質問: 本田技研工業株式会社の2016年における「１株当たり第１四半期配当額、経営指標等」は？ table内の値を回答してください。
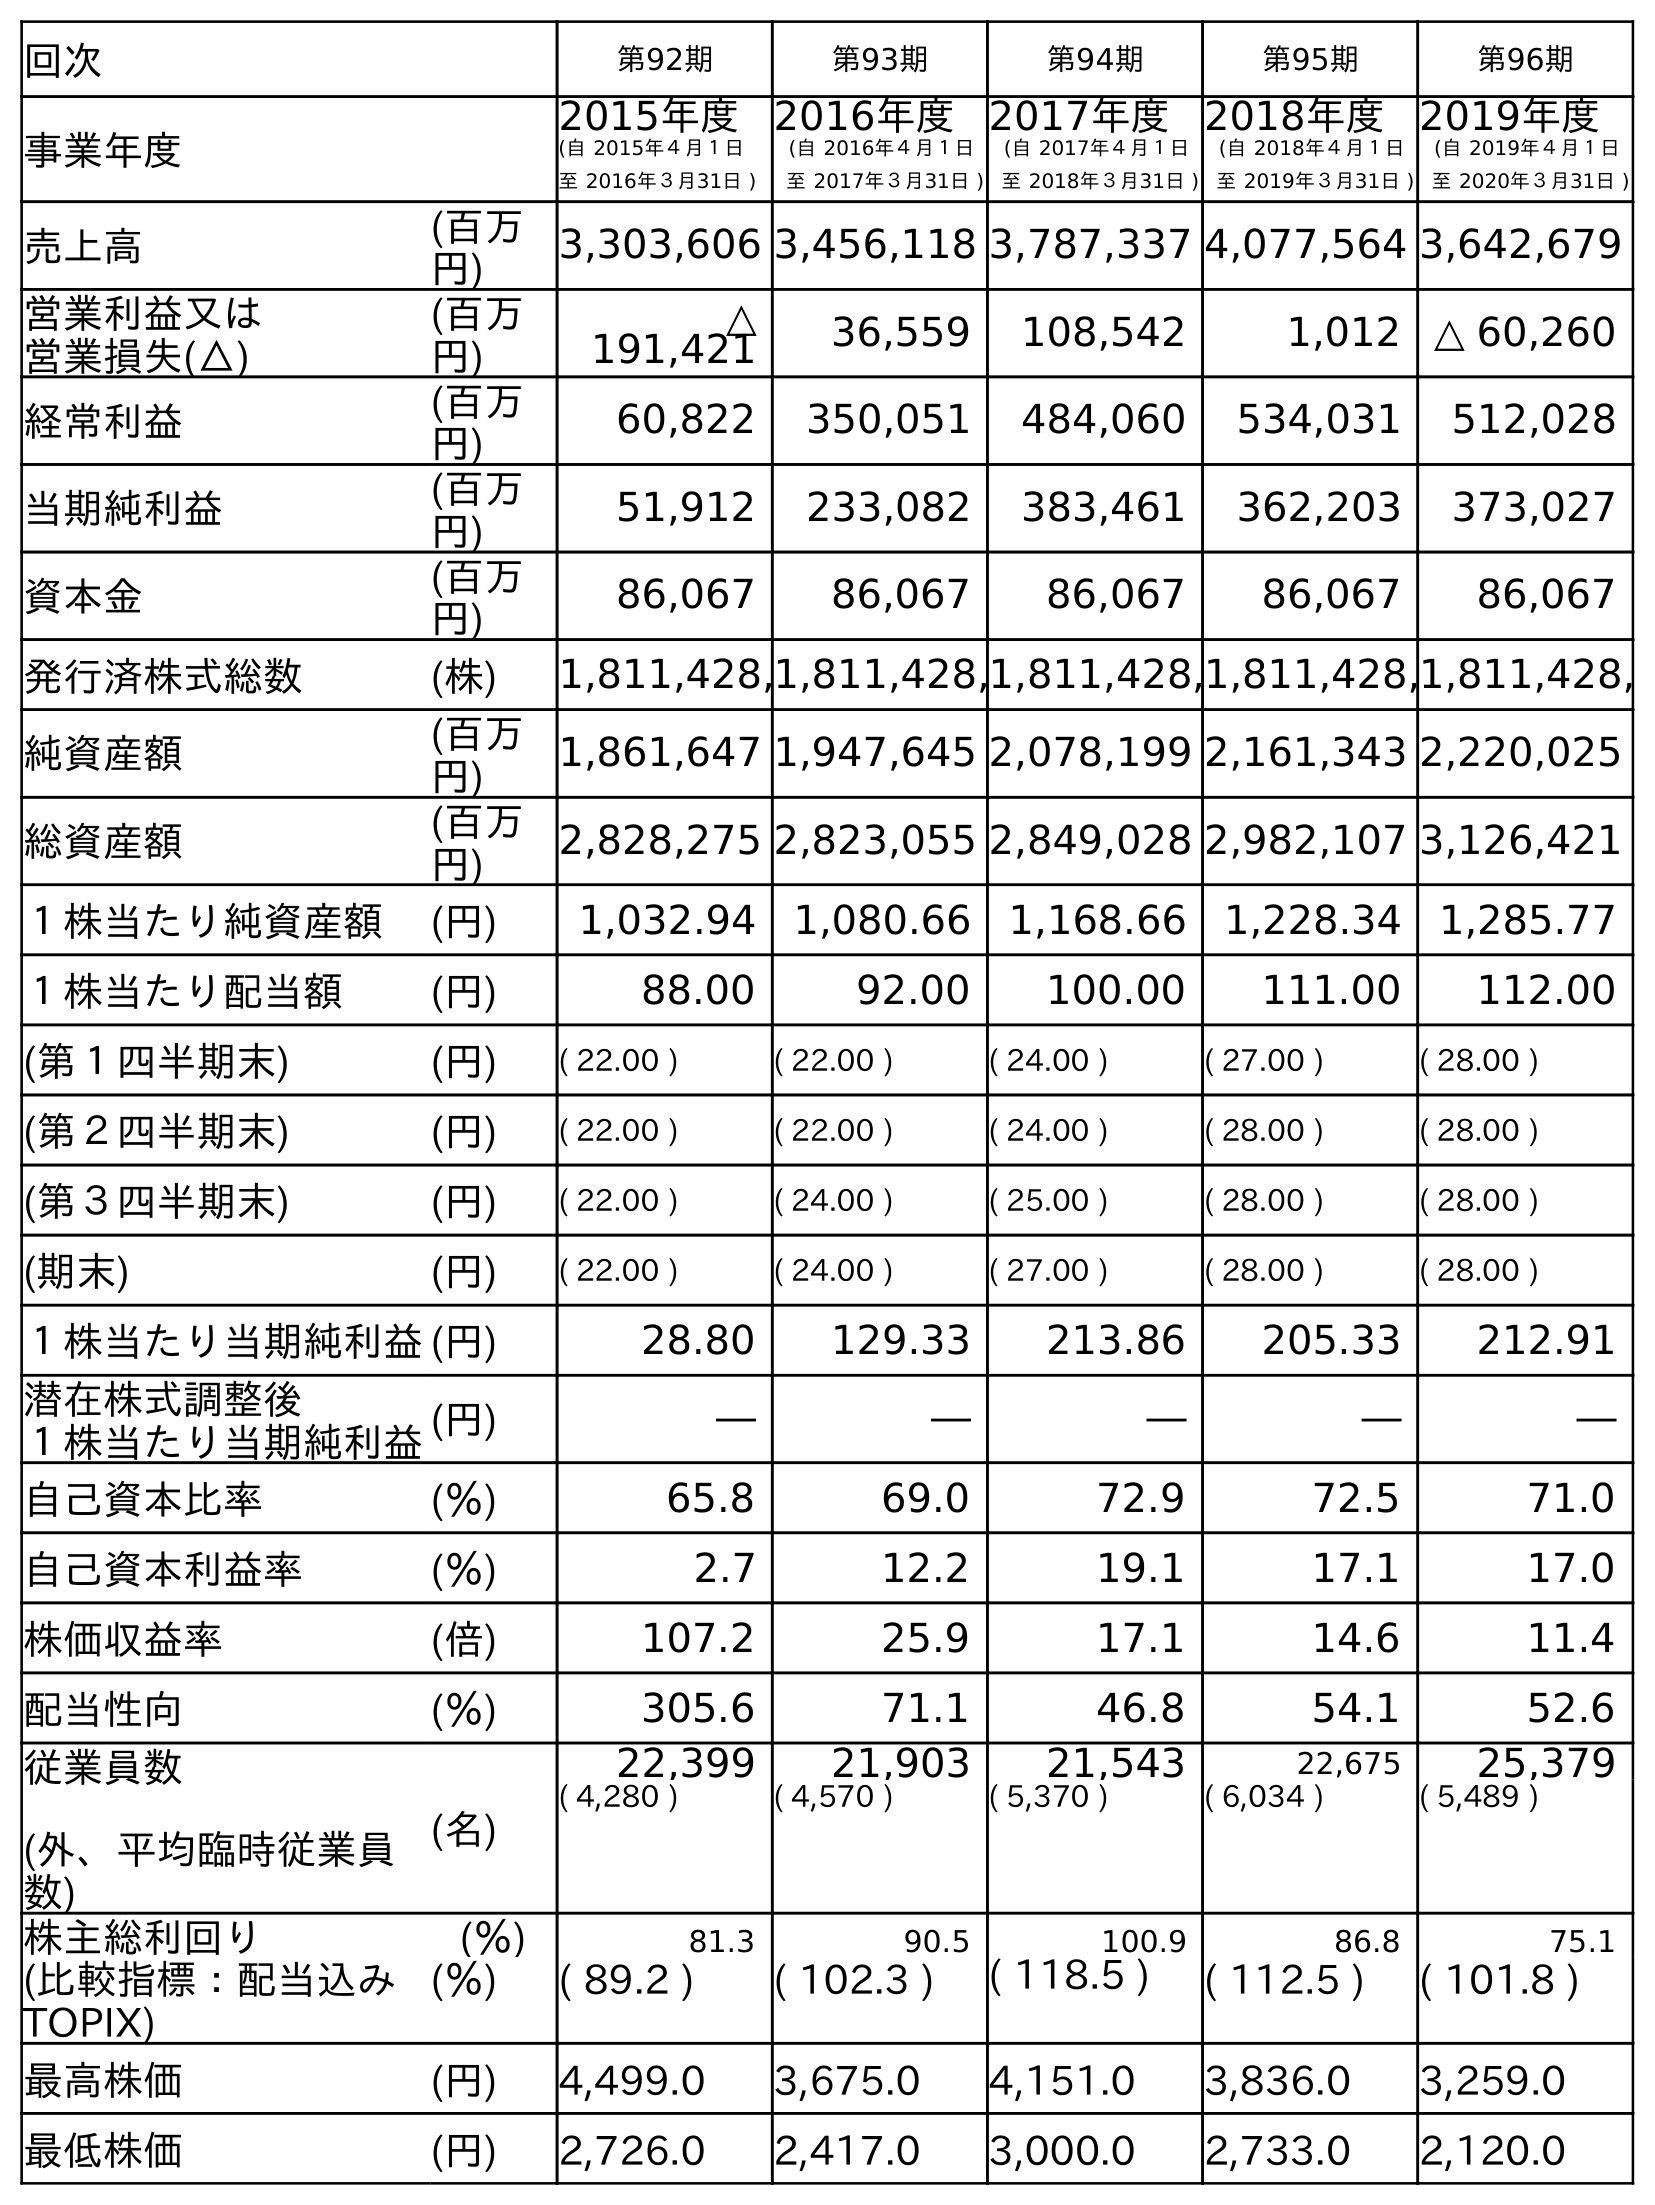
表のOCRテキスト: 回次 第92期 第93期 第94期 第95期 第96期 事業年度 2015年度 (自 2015年４月１日 至 2016年３月31日 ) 2016年度 (自 2016年４月１日 至 2017年３月31日 ) 2017年度 (自 2017年４月１日 至 2018年３月31日 ) 2018年度 (自 2018年４月１日 至 2019年３月31日 ) 2019年度 (自 2019年４月１日 至 2020年３月31日 ) 売上高 (百万 円) 3,303,606 3,456,118 3,787,337 4,077,564 3,642,679 営業利益又は 営業損失(△) (百万 円) △ 191,421 36,559 108,542 1,012 △ 60,260 経常利益 (百万 円) 60,822 350,051 484,060 534,031 512,028 当期純利益 (百万 円) 51,912 233,082 383,461 362,203 373,027 資本金 (百万 円) 86,067 86,067 86,067 86,067 86,067 発行済株式総数 (株) 1,811,428,1,811,428,1,811,428,1,811,428,1,811,428, 純資産額 (百万 円) 1,861,647 1,947,645 2,078,199 2,161,343 2,220,025 総資産額 (百万 円) 2,828,275 2,823,055 2,849,028 2,982,107 3,126,421 １株当たり純資産額 (円) 1,032.94 1,080.66 1,168.66 1,228.34 1,285.77 １株当たり配当額 (円) 88.00 92.00 100.00 111.00 112.00 (第１四半期末) (円) ( 22.00 ) ( 22.00 ) ( 24.00 ) ( 27.00 ) ( 28.00 ) (第２四半期末) (円) ( 22.00 ) ( 22.00 ) ( 24.00 ) ( 28.00 ) ( 28.00 ) (第３四半期末) (円) ( 22.00 ) ( 24.00 ) ( 25.00 ) ( 28.00 ) ( 28.00 ) (期末) (円) ( 22.00 ) ( 24.00 ) ( 27.00 ) ( 28.00 ) ( 28.00 ) １株当たり当期純利益(円) 28.80 129.33 213.86 205.33 212.91 潜在株式調整後 １株当たり当期純利益(円) ― ― ― ― ― 自己資本比率 (％) 65.8 69.0 72.9 72.5 71.0 自己資本利益率 (％) 2.7 12.2 19.1 17.1 17.0 株価収益率 (倍) 107.2 25.9 17.1 14.6 11.4 配当性向 (％) 305.6 71.1 46.8 54.1 52.6 従業員数 (外、平均臨時従業員 数) (名) 22,399 21,903 21,543 22,675 25,379 ( 4,280 ) ( 4,570 ) ( 5,370 ) ( 6,034 ) ( 5,489 ) 株主総利回り (％) 81.3 90.5 100.9 86.8 75.1 (比較指標：配当込み TOPIX) (％) ( 89.2 ) ( 102.3 ) ( 118.5 ) ( 112.5 ) ( 101.8 ) 最高株価 (円) 4,499.0 3,675.0 4,151.0 3,836.0 3,259.0 最低株価 (円) 2,726.0 2,417.0 3,000.0 2,733.0 2,120.0
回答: (22.00)